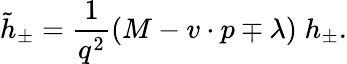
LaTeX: \tilde{h}_{\pm}=\frac{1}{q^{2}}(M-v\cdot p\mp\lambda)\; h_{\pm}.